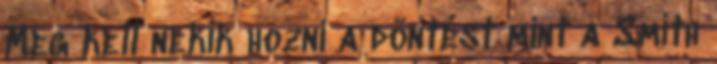
Meg kell nekik hozni a döntést mint a Smith